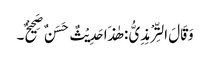
وَقَالَ التِّرْمِذِیُّ : ھٰذَا حَدِیْثٌ حَسَنٌ صَحِیْحٌ۔